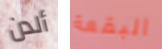
ألدن البقعة